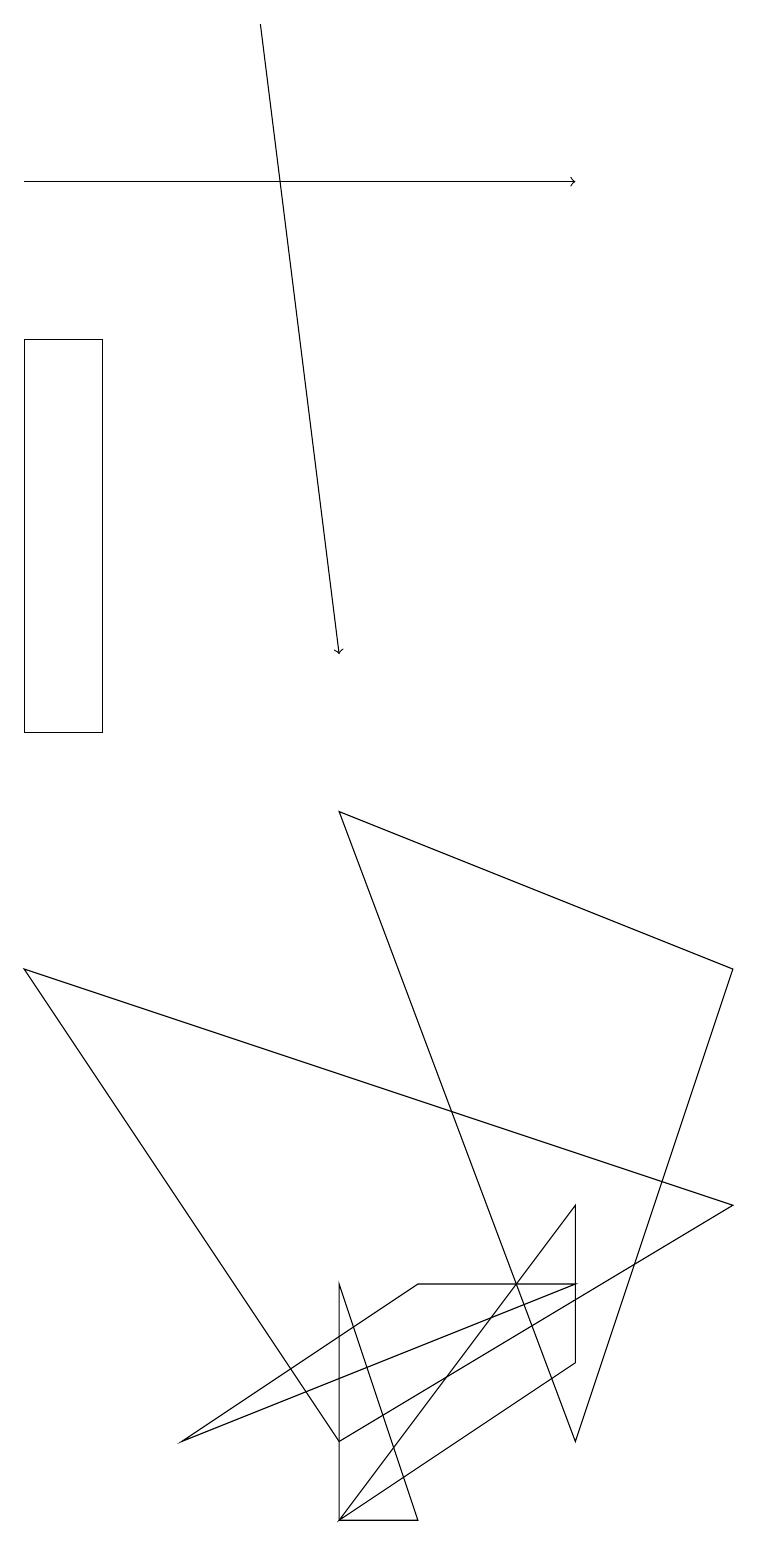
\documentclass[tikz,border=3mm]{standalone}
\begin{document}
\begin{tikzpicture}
\draw (4,9) -- (9,7) -- (7,1) -- cycle;
\draw[->] (0,17) -- (7,17);
\draw (7,2) -- (4,0) -- (7,4) -- cycle;
\draw (4,0) -- (5,0) -- (4,3) -- cycle;
\draw (7,3) -- (2,1) -- (5,3) -- cycle;
\draw (4,1) -- (0,7) -- (9,4) -- cycle;
\draw[->] (3,19) -- (4,11);
\draw (1,10) rectangle (0,15);
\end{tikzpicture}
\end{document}